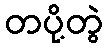
တပို့တွဲ